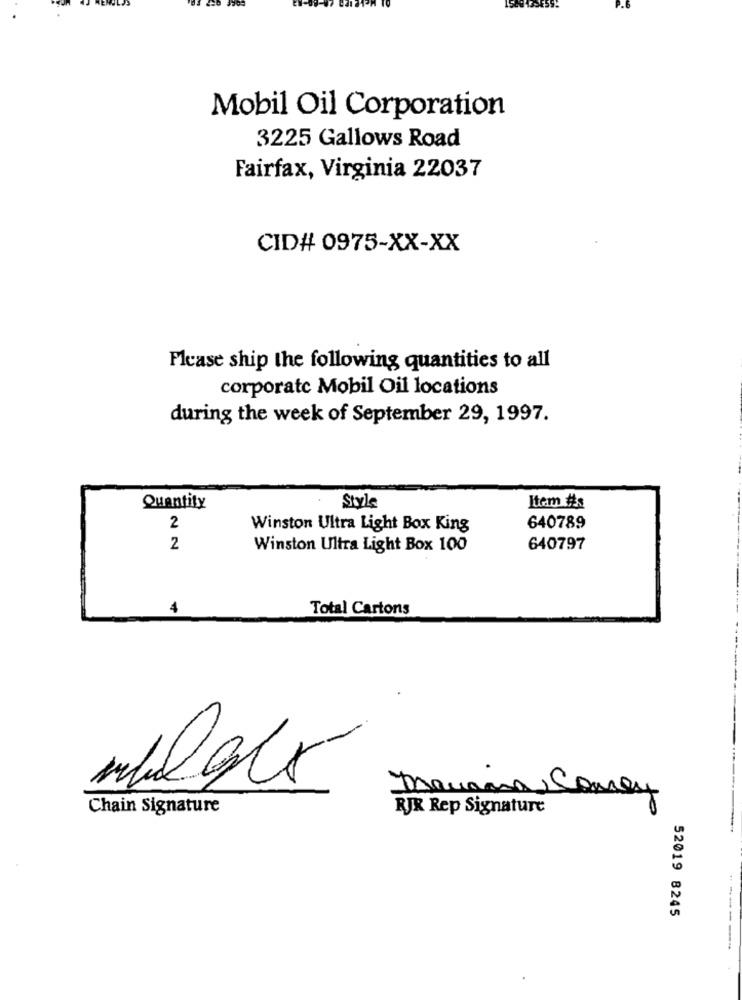
Mobil Oil Corporation
3225 Gallows Road
Fairfax, Virginia 22037
CID# 0975-XX-XX
Please ship the following quantities to all
corporate Mobil Oil locations
during the week of September 29, 1997.
Quantity
Style
Item #:
2
Winston Ultra Light Box King
640789
2
Winston Ultra Light Box 100
640797
4
Total Cartons
Banana, Comey
Chain Signature
RJX Rep Signature
52019 8245
------